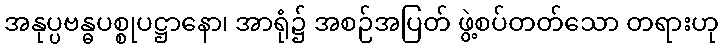
အနုပ္ပဗန္ဓပစ္စုပဋ္ဌာနော၊ အာရုံ၌ အစဉ်အပြတ် ဖွဲ့စပ်တတ်သော တရားဟု